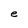
Character: e